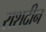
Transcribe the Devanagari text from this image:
राशदीन